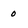
Character: 0